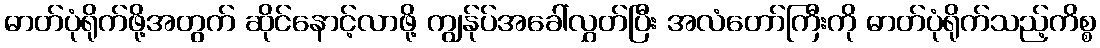
ဓာတ်ပုံရိုက်ဖို့အတွက် ဆိုင်နောင့်လာဖို့ ကျွန်ုပ်အခေါ်လွှတ်ပြီး အလံတော်ကြီးကို ဓာတ်ပုံရိုက်သည့်ကိစ္စ